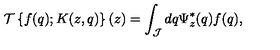
{ \mathcal T } \left\{ f ( q ) ; K ( z , q ) \right\} ( z ) = \int _ { \mathcal J } d q \Psi _ { z } ^ { * } ( q ) f ( q ) ,